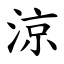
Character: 涼